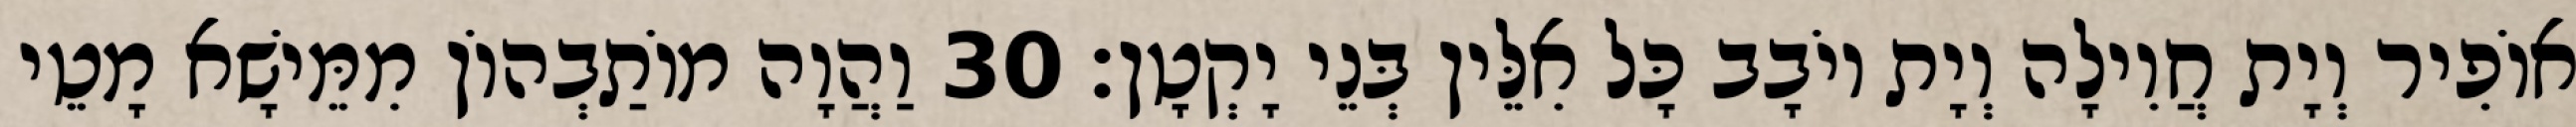
אוֹפִיר וְיָת חֲוִילָה וְיָת יוֹבָב כָּל אִלֵּין בְּנֵי יָקְטָן׃ 30 וַהֲוָה מוֹתַבְהוֹן מִמֵּישָׁא מָטֵי